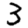
Digit: 3